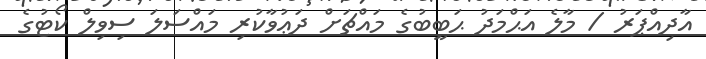
އާދިއްޕަރު / މާލެ އަޙްމަދު ޙަބީބުގެ މައްޗަށް ދަޢުވާކުރި މައްސަލަ ސިވިލް ކޯޓުގެ